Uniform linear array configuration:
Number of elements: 64
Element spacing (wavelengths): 0.5
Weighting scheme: kaiser
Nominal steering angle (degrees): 15
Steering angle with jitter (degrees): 15.262
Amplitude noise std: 0.05
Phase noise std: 0.05

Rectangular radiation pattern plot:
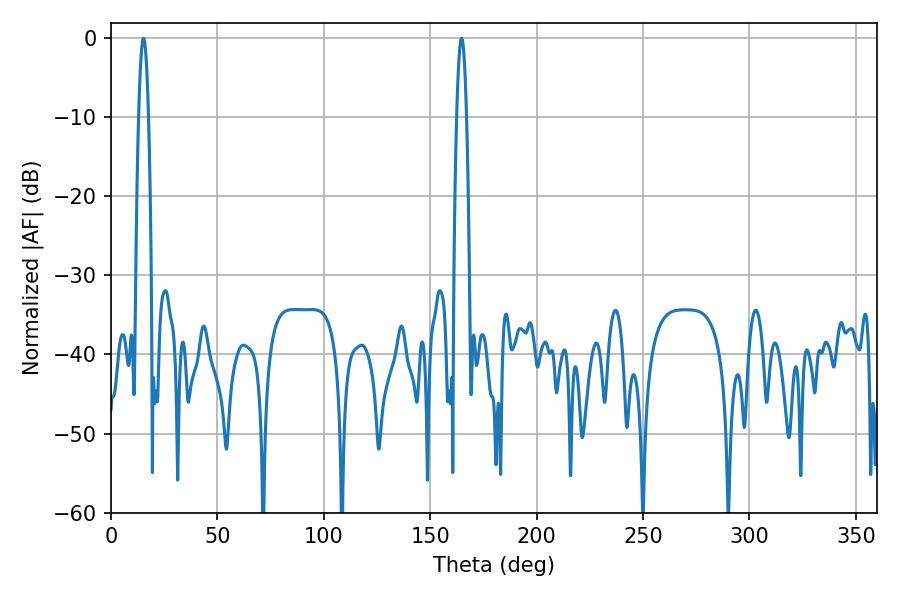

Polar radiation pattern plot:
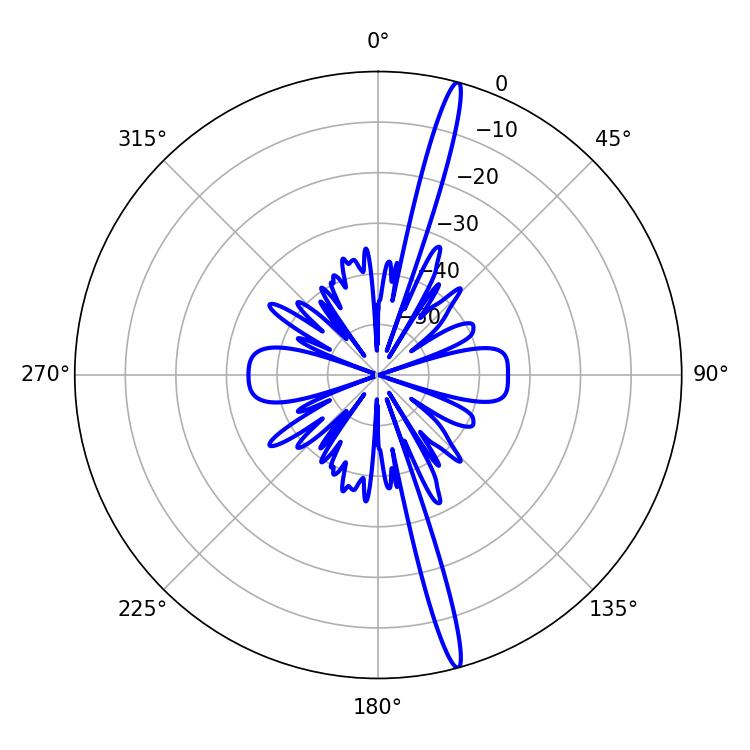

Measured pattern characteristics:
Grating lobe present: FALSE
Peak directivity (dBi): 18.938
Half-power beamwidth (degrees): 2.52
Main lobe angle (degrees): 15.3